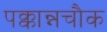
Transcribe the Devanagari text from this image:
पक्कान्नचौक